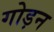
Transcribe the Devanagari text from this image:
गोड़न